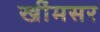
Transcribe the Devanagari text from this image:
खींमसर